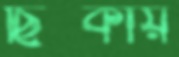
ছিট্‌কায়